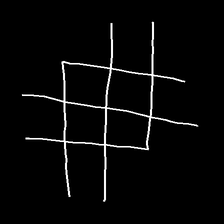
Glyph: crystal